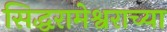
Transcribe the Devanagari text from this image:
सिद्धरामेश्वराच्या